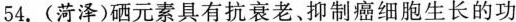
54. (菏泽)硒元素具有抗衰老、抑制癌细胞生长的功